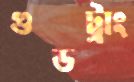
গুডট্রাং